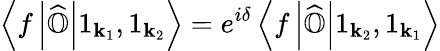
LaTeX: \left\langle f\left|{\widehat{\mathbb{O}}}\right|1_{\mathbf{k}_{1}},1_{\mathbf{k}_{2}}\right\rangle=e^{i\delta}\left\langle f\left|{\widehat{\mathbb{O}}}\right|1_{\mathbf{k}_{2}},1_{\mathbf{k}_{1}}\right\rangle